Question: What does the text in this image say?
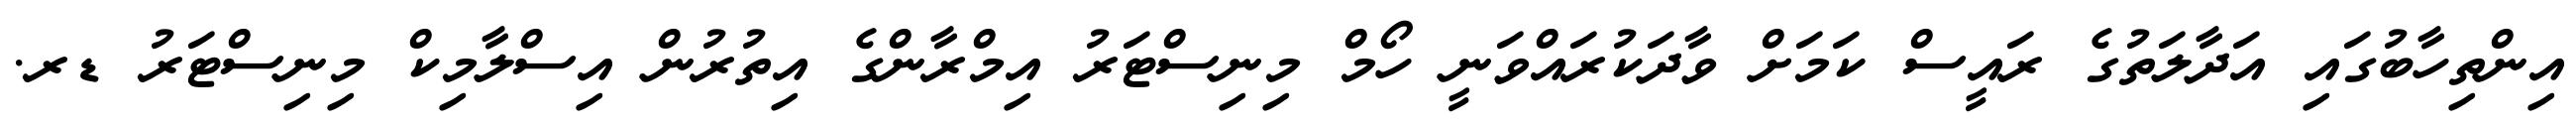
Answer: އިންތިހާބުގައި އަދާލަތުގެ ރައީސް ކަމަށް ވާދަކުރައްވަނީ ހޯމް މިނިސްޓަރު އިމްރާންގެ އިތުރުން އިސްލާމިކް މިނިސްޓަރު ޑރ.